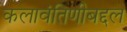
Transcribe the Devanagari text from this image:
कलावंतिणीबद्दल